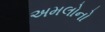
અમલોનો